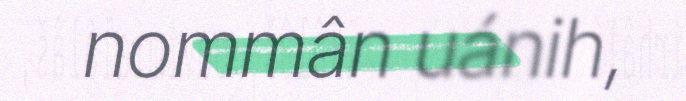
nommân uánih,